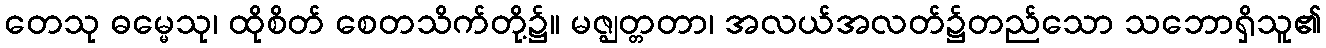
တေသု ဓမ္မေသု၊ ထိုစိတ် စေတသိက်တို့၌။ မဇ္ဈတ္တတာ၊ အလယ်အလတ်၌တည်သော သဘောရှိသူ၏